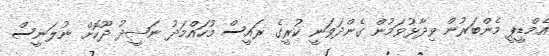
އެމްޑީޕީ މެންބަރުން ވިދާޅުވަމުން ގެންދަވަނީ ކުރީގެ ރައީސް މުހައްމަދު ނަޝީދު ދޫކޮށް ނުލަނީސް